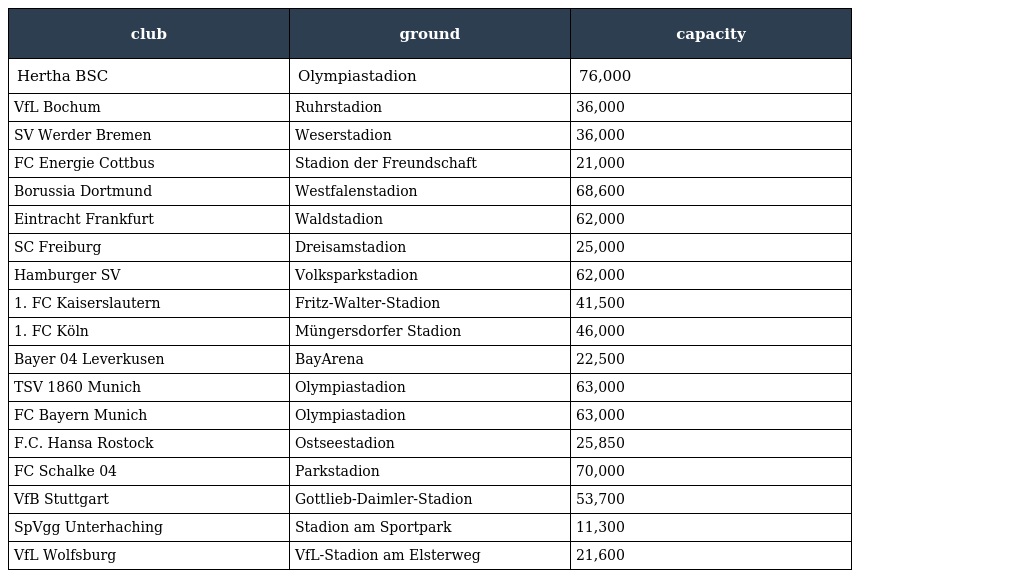
| club | ground | capacity |
 | --- | --- | --- |
 | Hertha BSC | Olympiastadion | 76,000 |
 | VfL Bochum | Ruhrstadion | 36,000 |
 | SV Werder Bremen | Weserstadion | 36,000 |
 | FC Energie Cottbus | Stadion der Freundschaft | 21,000 |
 | Borussia Dortmund | Westfalenstadion | 68,600 |
 | Eintracht Frankfurt | Waldstadion | 62,000 |
 | SC Freiburg | Dreisamstadion | 25,000 |
 | Hamburger SV | Volksparkstadion | 62,000 |
 | 1. FC Kaiserslautern | Fritz-Walter-Stadion | 41,500 |
 | 1. FC Köln | Müngersdorfer Stadion | 46,000 |
 | Bayer 04 Leverkusen | BayArena | 22,500 |
 | TSV 1860 Munich | Olympiastadion | 63,000 |
 | FC Bayern Munich | Olympiastadion | 63,000 |
 | F.C. Hansa Rostock | Ostseestadion | 25,850 |
 | FC Schalke 04 | Parkstadion | 70,000 |
 | VfB Stuttgart | Gottlieb-Daimler-Stadion | 53,700 |
 | SpVgg Unterhaching | Stadion am Sportpark | 11,300 |
 | VfL Wolfsburg | VfL-Stadion am Elsterweg | 21,600 |